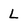
Character: L